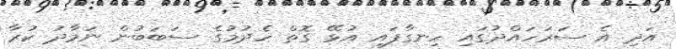
އަދި އެ ސަރަހައްދުގައި ހިނގާފައި އުޅޭ ގޮތް ހެދުމުގެ ސަބަބުން ނަމާދު ކުރާ